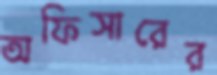
অফিসারের